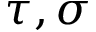
\tau , \sigma